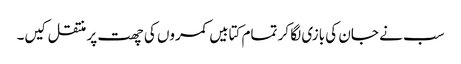
سب نے جان کی بازی لگا کر تمام کتابیں کمروں کی چھت پر منتقل کیں۔